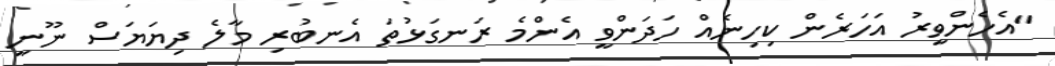
"އެހެންވީރު އަހަރެން ކިހިނެއް ހަދަންވީ އެންމެ ރަނގަޅުތަ އެނބުރި މާލެ ދިޔަޔަސް ނޫނީ